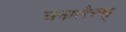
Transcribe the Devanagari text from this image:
अनालैत्त्स्